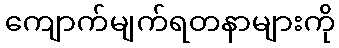
ကျောက်မျက်ရတနာများကို